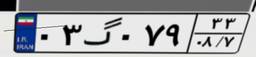
۰۳گ۰۷۹۳۳